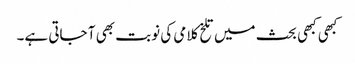
کبھی کبھی بحث میں تلخ کلامی کی نوبت بھی آ جاتی ہے۔